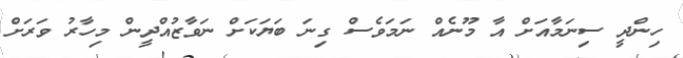
ހިންދީ ސިނަމާއަށް އާ މޫނެއް ނަމަވެސް ގިނަ ބަޔަކަށް ނަވާޒުއްދީން މިހާރު ވަރަށް